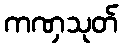
ကဏှသုတ်